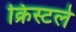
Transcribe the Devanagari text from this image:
क्रिस्टले